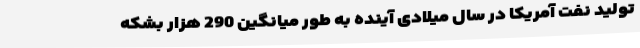
تولید نفت آمریکا در سال میلادی آینده به طور میانگین 290 هزار بشکه